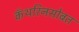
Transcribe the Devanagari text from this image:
कॅथरिनसोबत